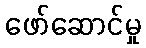
ဖော်ဆောင်မှု